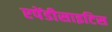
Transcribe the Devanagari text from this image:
एपेंडीसाइटिस